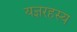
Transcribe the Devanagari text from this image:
यज्ञरहस्य